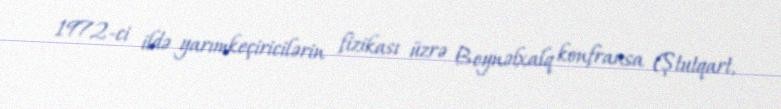
1972-ci ildə yarımkeçiricilərin fizikası üzrə Beynəlxalq konfransa (Ştutqart,